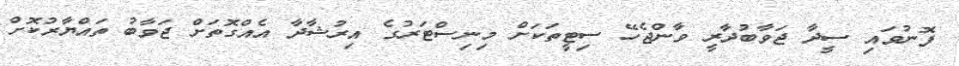
ފޮނުވައި ސީދާ ޖަވާބުދާރީ ވާންޖެހޭ ސިޓީތަކަށް މިނިސްޓަރުގެ އިރުޝާދާ އެއްގޮތަށް ޖަވާބު ތައްޔާރުކޮށް